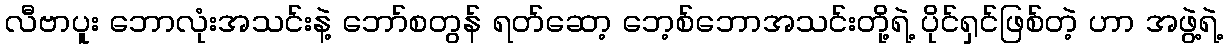
လီဗာပူး ဘောလုံးအသင်းနဲ့ ဘော်စတွန် ရတ်ဆော့ ဘေ့စ်ဘောအသင်းတို့ရဲ့ ပိုင်ရှင်ဖြစ်တဲ့ ဟာ အဖွဲ့ရဲ့